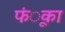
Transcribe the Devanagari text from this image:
फंूका